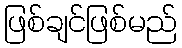
ဖြစ်ချင်ဖြစ်မည်